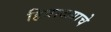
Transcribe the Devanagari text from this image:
हिवाळ्याचे